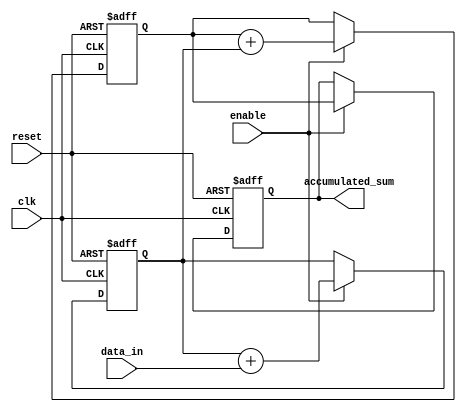
module cascaded_accumulator(
    input wire clk,
    input wire reset,
    input wire enable,
    input wire [7:0] data_in,
    output reg [15:0] accumulated_sum
);

reg [15:0] block1_output;
reg [15:0] block2_output;

always @(posedge clk or posedge reset) begin
    if(reset) begin
        accumulated_sum <= 16'd0;
        block1_output <= 16'd0;
        block2_output <= 16'd0;
    end else begin
        if(enable) begin
            block1_output <= block1_output + data_in;
            block2_output <= block2_output + block1_output;
            accumulated_sum <= block2_output;
        end
    end
end

endmodule